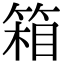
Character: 箱